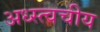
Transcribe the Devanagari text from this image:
अध्स्त्वचीय